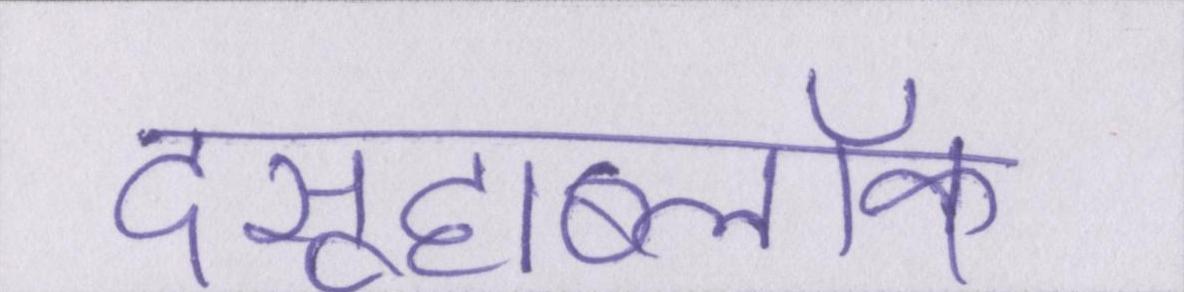
दसूहाब्लॉक